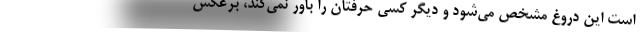
است این دروغ مشخص می‌شود و دیگر کسی حرفتان را باور نمی‌کند، برعکس